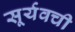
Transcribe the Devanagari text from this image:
सूर्यवची